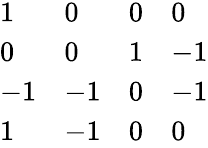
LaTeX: \begin{array}{llll}{{1}}&{{0}}&{{0}}&{{0}}\\ {{0}}&{{0}}&{{1}}&{{-1}}\\ {{-1}}&{{-1}}&{{0}}&{{-1}}\\ {{1}}&{{-1}}&{{0}}&{{0}}\end{array}